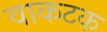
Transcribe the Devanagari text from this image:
वाकटक